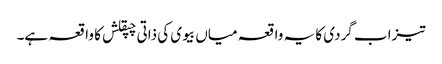
تیزاب گردی کا یہ واقعہ میاں بیوی کی ذاتی چپقلش کا واقعہ ہے۔